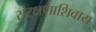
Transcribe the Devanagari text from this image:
संरक्षणाशिवाय